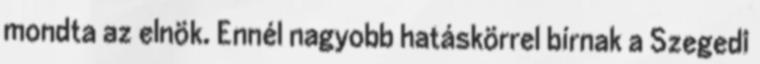
mondta az elnök. Ennél nagyobb hatáskörrel bírnak a Szegedi